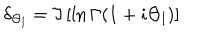
\delta _ { \Theta _ { l } } = \Im \left[ \ln \Gamma ( 1 + i \Theta _ { l } ) \right] \;